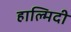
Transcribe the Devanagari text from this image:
हाल्मिदी